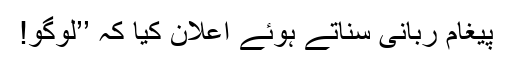
پیغام ربانی سناتے ہوئے اعلان کیا کہ ’’لوگو!